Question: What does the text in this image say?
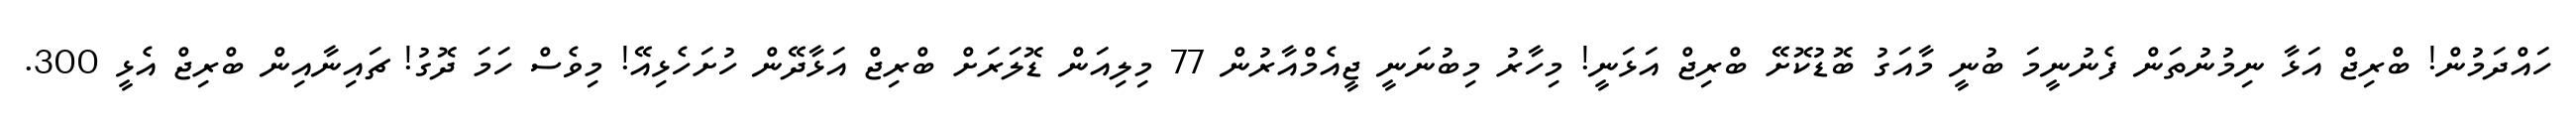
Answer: ހައްދަމުން! ބްރިޖް އަޅާ ނިމުނުތަން ފެނުނީމަ ބުނީ މާއަގު ބޮޑުކޮށޭ ބްރިޖް އަޅަނީ! މިހާރު މިބުނަނީ ޖީއެމްއާރުން 77 މިލިއަން ޑޮލަރަށް ބްރިޖް އަޅާދޭން ހުށަހެޅިއޭ! މިވެސް ހަމަ ދޮގު! ޗައިނާއިން ބްރިޖް އެޅީ 300.